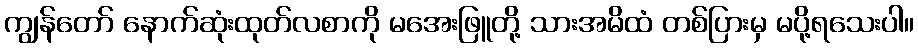
ကျွန်တော် နောက်ဆုံးထုတ်လစာကို မအေးဖြူတို့ သားအမိထံ တစ်ပြားမှ မပို့ရသေးပါ။